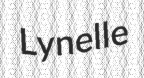
Lynelle